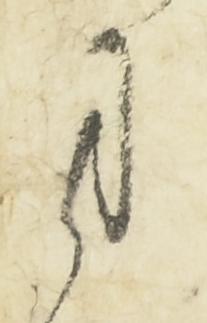
司